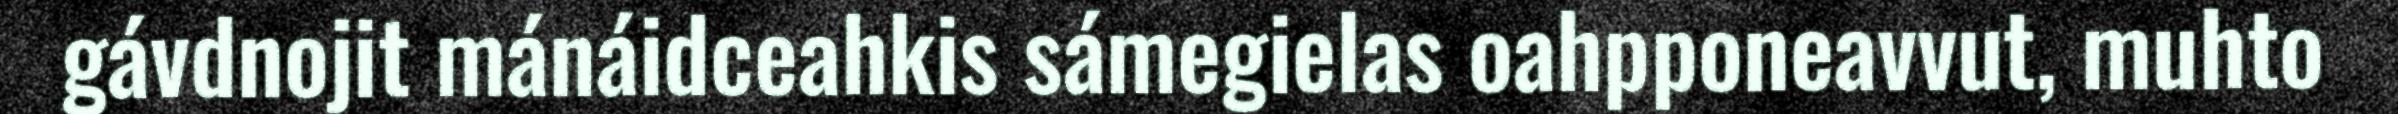
gávdnojit mánáidceahkis sámegielas oahpponeavvut, muhto